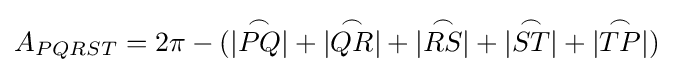
A_{PQRST}=2\pi -(|{\overset {\frown }{PQ}}|+|{\overset {\frown }{QR}}|+|{\overset {\frown }{RS}}|+|{\overset {\frown }{ST}}|+|{\overset {\frown }{TP}}|)